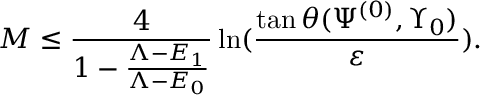
M \leq \frac { 4 } { 1 - \frac { \Lambda - E _ { 1 } } { \Lambda - E _ { 0 } } } \ln ( \frac { \tan \theta ( \Psi ^ { ( 0 ) } , \Upsilon _ { 0 } ) } { \varepsilon } ) .